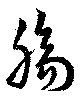
腸